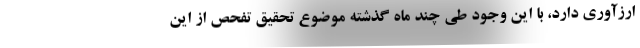
ارزآوری دارد، با این وجود طی چند ماه گذشته موضوع تحقیق تفحص از این